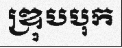
ឌ្រុបបុក